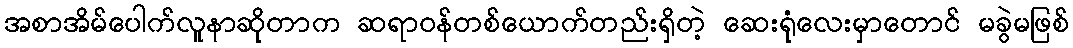
အစာအိမ်ပေါက်လူနာဆိုတာက ဆရာဝန်တစ်ယောက်တည်းရှိတဲ့ ဆေးရုံလေးမှာတောင် မခွဲမဖြစ်